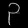
Digit: ၃